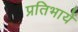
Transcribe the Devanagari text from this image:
प्रतिभायें